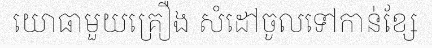
យោធាមួយគ្រឿង សំដៅចូលទៅកាន់ខ្សែ